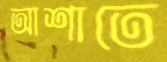
আশাতে